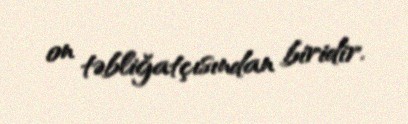
on təbliğatçısından biridir.